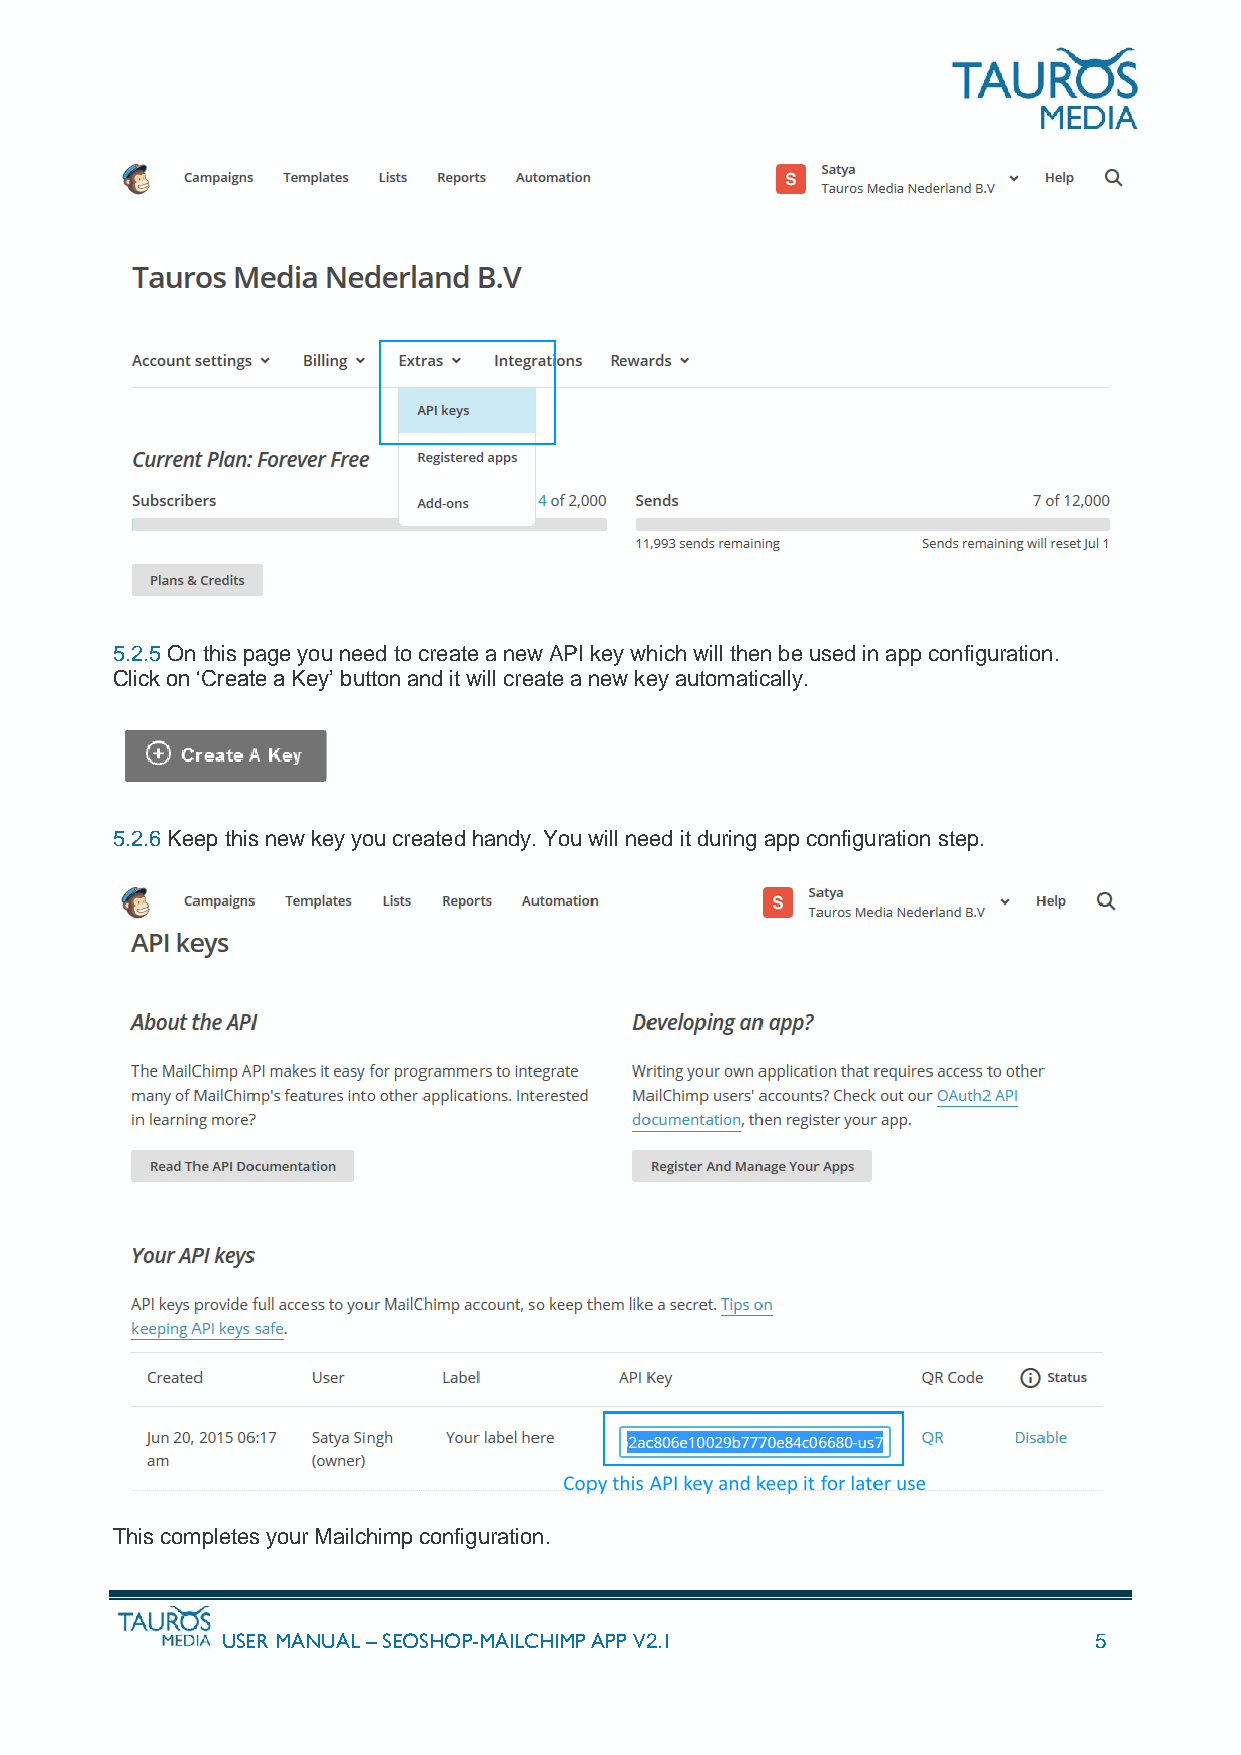
5.2.5 On this page you need to create a new API key which will then be used in app configuration.
 Click on ‘Create a Key’ button and it will create a new key automatically.
 5.2.6 Keep this new key you created handy. You will need it during app configuration step.
 This completes your Mailchimp configuration.
 USER MANUAL – SEOSHOP-MAILCHIMP APP V2.1                 5